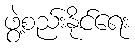
ဖွဲ့စည်းနိုင်ရေး